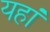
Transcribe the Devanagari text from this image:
यहांं